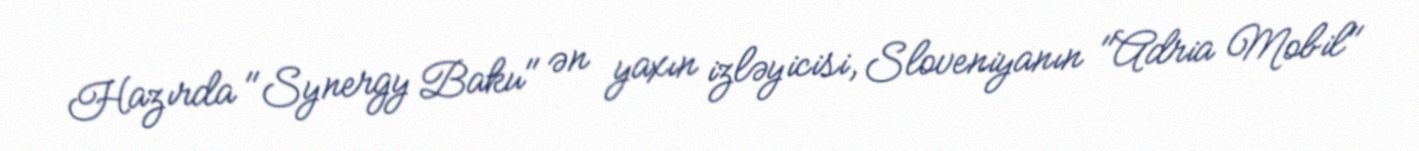
Hazırda "Synergy Baku" ən yaxın izləyicisi, Sloveniyanın "Adria Mobil"